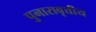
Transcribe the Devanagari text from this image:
पुनारावृत्तीय